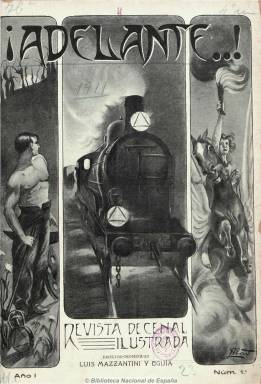
Título: ¡Adelante! (Madrid. 1911)
Colección: Ferrocarriles
Ámbito geográfico: Madrid
Lugar de publicación: Madrid
Fechas: 25/01/1911-31/12/1912

Revista ilustrada de ferrocarriles, primero decenal y después semanal, fue su propietario y director Luis Mazzantini y Eguía. Defensora de los empleados y de las compañías ferroviarias españolas, publica crónicas y actualidades, y se declara independiente de la política pero sin huir de esta, dedicándose a la vulgarización de los progresos en el transporte, las telecomunicaciones, etc. Incluye notas y reportajes gráficos de estaciones ferroviarias y otras obras públicas, quejas y peticiones, legislación, cuestiones sociales y obreras, e incluso dedica páginas a la moda, variedades y pasatiempos y viñetas humorísticas, así como a relatos breves. También ofrece información de los acuerdos de las juntas generales de accionistas de las compañías ferroviarias, así como cuestiones técnicas de este transporte, publicando un diccionario de ferrocarriles. De una treintena de páginas por número, contiene abundantes fotografías.

Su carácter profesional le hizo dedicar gran atención a las diferentes asociaciones de empleados ferroviarios y dedica su número del 2 de julio de 1912 expresamente al I Congreso Ferroviario Español celebrado en Madrid, en donde nace la Federación Nacional de Ferroviarios Españoles, que agrupa a los diferentes sindicatos y su ingreso en la UGT y en la Federación Internacional de obreros del transporte.